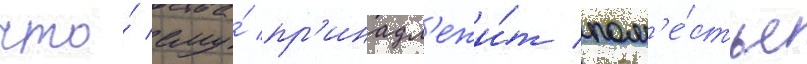
что́ ему́ пр'инадл'ежи́т пом'е́стье